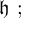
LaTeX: { \mathfrak { h } } ~ ;